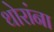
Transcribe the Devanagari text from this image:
थोरांना